Civil Veterinary Department Bengal reports 1933-51 - 1933-1951
Year: 1933
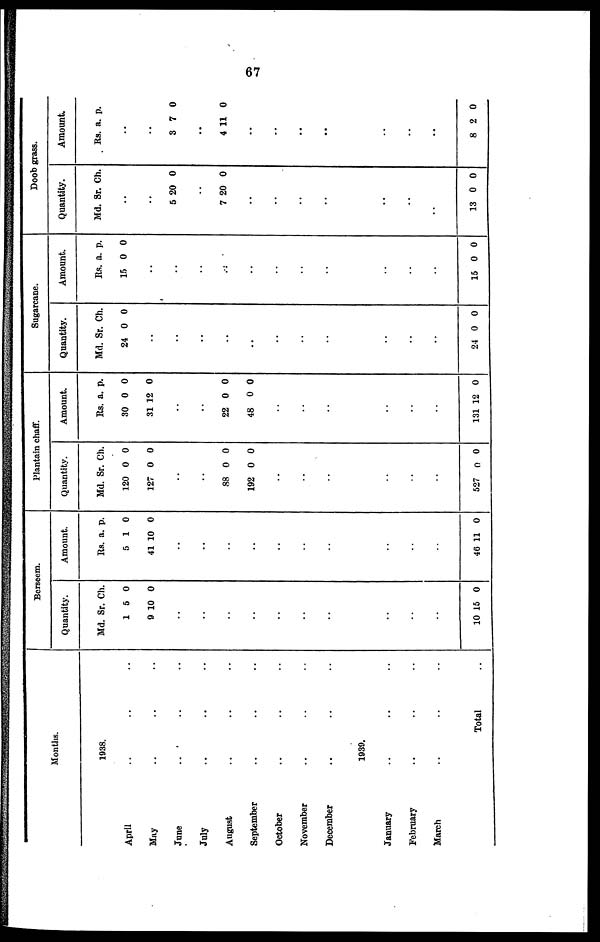
67
Months.
1938.
April .. .. ..
May .. .. ..
June
.. .. ..
July .. .. ..
August .. .. ..
September .. .. ..
October .. .. ..
November .. .. ..
December .. .. ..
1939.
January .. .. ..
February .. .. ..
March .. .. ..
Total ..
Berseem.
Quantity.
Md.
1
9
..
..
..
..
..
..
..
..
..
..
10
Sr.
5
10
15
Ch.
0
0
0
Amount.
Rs.
5
41
..
..
..
..
..
..
..
..
..
..
46
a.
1
10
11
p.
0
0
0
Plantain chaff.
Quantity.
Md.
120
127
..
..
88
192
..
..
..
..
..
..
527
Sr.
0
0
0
0
0
Ch.
0
0
0
0
0
Amount.
Rs.
30
31
..
..
22
48
..
..
..
..
..
..
131
a.
0
12
0
0
12
p.
0
0
0
0
0
Sugarcane.
Quantity.
Md.
24
..
..
..
..
..
..
..
..
..
..
..
24
Sr.
0
0
Ch.
0
0
Amount.
Rs.
15
..
..
..
..
..
..
..
..
..
..
..
15
a.
0
0
p.
0
0
Doob grass.
Quantity.
Md.
..
..
5
..
7
..
..
..
..
..
..
..
13
Sr.
20
20
0
Ch.
0
0
0
Amount.
Rs.
..
..
3
..
4 1
..
..
..
..
..
..
..
8
a.
7
1
2
p.
0
0
0